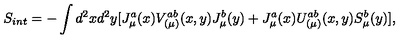
S _ { i n t } = - \int d ^ { 2 } x d ^ { 2 } y [ J _ { \mu } ^ { a } ( x ) V _ { ( \mu ) } ^ { a b } ( x , y ) J _ { \mu } ^ { b } ( y ) + J _ { \mu } ^ { a } ( x ) U _ { ( \mu ) } ^ { a b } ( x , y ) S _ { \mu } ^ { b } ( y ) ] ,